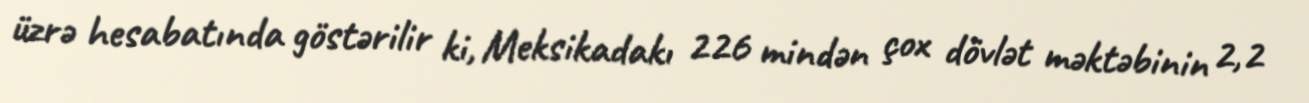
üzrə hesabatında göstərilir ki, Meksikadakı 226 mindən çox dövlət məktəbinin 2,2